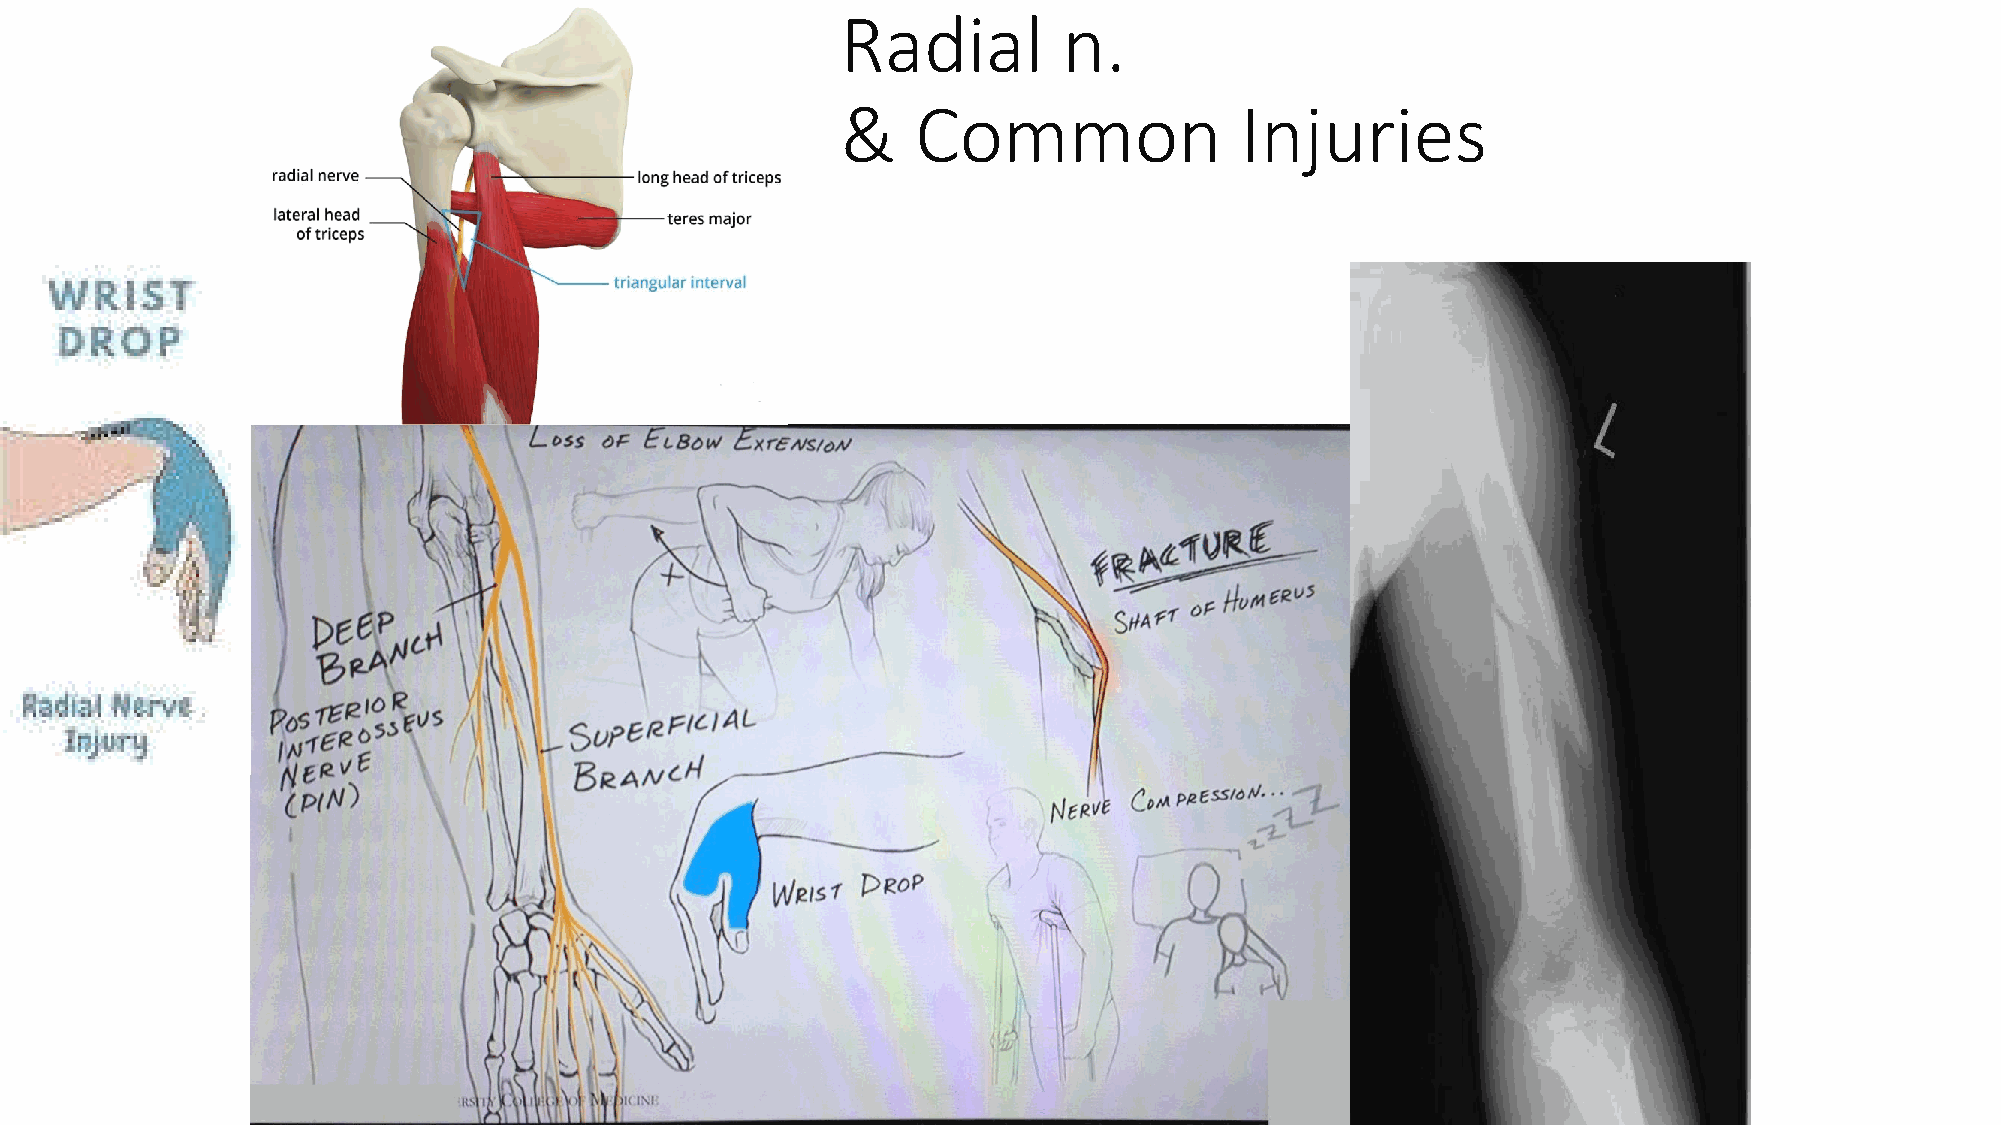
Radial        n.
 &    Common               Injuries